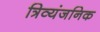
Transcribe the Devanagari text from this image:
त्रिव्यंजनिक